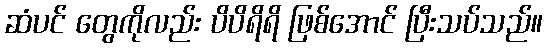
ဆံပင် တွေကိုလည်း ပိပိရိရိ ဖြစ်အောင် ပြီးသပ်သည်။